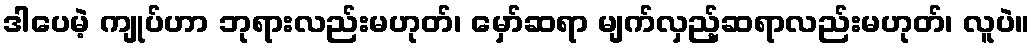
ဒါပေမဲ့ ကျုပ်ဟာ ဘုရားလည်းမဟုတ်၊ မှော်ဆရာ မျက်လှည့်ဆရာလည်းမဟုတ်၊ လူပဲ။